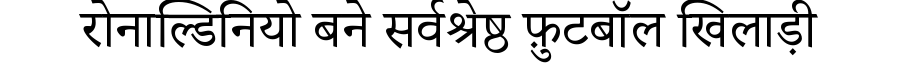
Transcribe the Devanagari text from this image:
रोनाल्डिनियो बने सर्वश्रेष्ठ फ़ुटबॉल खिलाड़ी